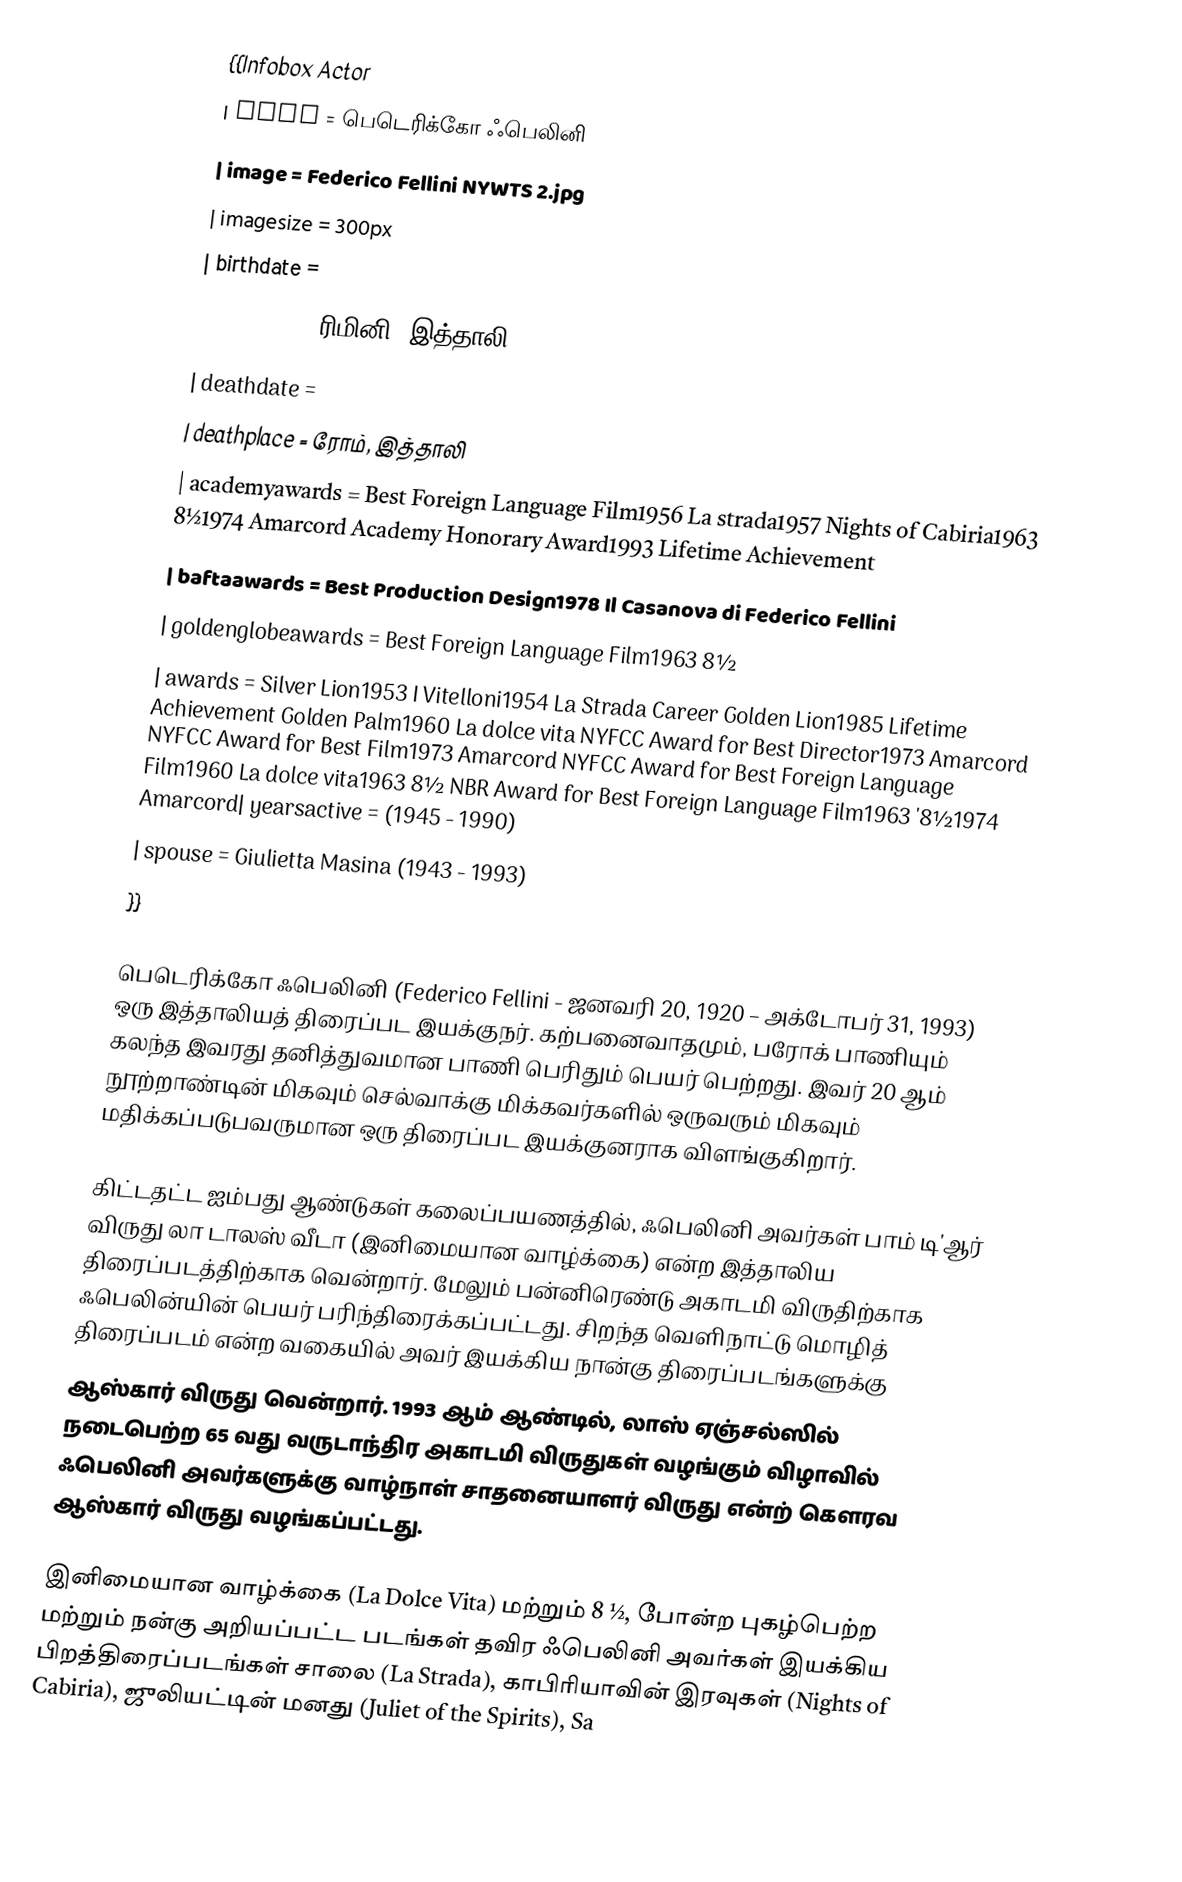
{{Infobox Actor
| name = பெடெரிக்கோ ஃபெலினி
| image = Federico Fellini NYWTS 2.jpg
| imagesize = 300px
| birthdate =
| location =  ரிமினி, இத்தாலி
| deathdate =
| deathplace = ரோம், இத்தாலி
| academyawards = Best Foreign Language Film1956 La strada1957 Nights of Cabiria1963 8½1974 Amarcord  Academy Honorary Award1993 Lifetime Achievement
| baftaawards = Best Production Design1978 Il Casanova di Federico Fellini
| goldenglobeawards = Best Foreign Language Film1963 8½
| awards = Silver Lion1953 I Vitelloni1954 La Strada  Career Golden Lion1985 Lifetime Achievement  Golden Palm1960 La dolce vita  NYFCC Award for Best Director1973 Amarcord  NYFCC Award for Best Film1973 Amarcord  NYFCC Award for Best Foreign Language Film1960 La dolce vita1963 8½  NBR Award for Best Foreign Language Film1963 '8½1974 Amarcord| yearsactive = (1945 - 1990)
| spouse = Giulietta Masina (1943 - 1993)
}}

பெடெரிக்கோ ஃபெலினி (Federico Fellini - ஜனவரி 20, 1920 – அக்டோபர் 31, 1993) ஒரு இத்தாலியத் திரைப்பட இயக்குநர். கற்பனைவாதமும், பரோக் பாணியும் கலந்த இவரது தனித்துவமான பாணி பெரிதும் பெயர் பெற்றது. இவர் 20 ஆம் நூற்றாண்டின் மிகவும் செல்வாக்கு மிக்கவர்களில் ஒருவரும் மிகவும் மதிக்கப்படுபவருமான ஒரு திரைப்பட இயக்குனராக விளங்குகிறார்.

கிட்டதட்ட ஐம்பது ஆண்டுகள் கலைப்பயணத்தில், ஃபெலினி அவர்கள் பாம் டி'ஆர் விருது லா டாலஸ் வீடா (இனிமையான வாழ்க்கை) என்ற இத்தாலிய திரைப்படத்திற்காக வென்றார். மேலும் பன்னிரெண்டு அகாடமி விருதிற்காக ஃபெலின்யின் பெயர் பரிந்திரைக்கப்பட்டது. சிறந்த வெளிநாட்டு மொழித் திரைப்படம் என்ற வகையில் அவர் இயக்கிய நான்கு திரைப்படங்களுக்கு
ஆஸ்கார் விருது வென்றார். 1993 ஆம் ஆண்டில், லாஸ் ஏஞ்சல்ஸில் நடைபெற்ற 65 வது வருடாந்திர அகாடமி விருதுகள் வழங்கும் விழாவில் ஃபெலினி அவர்களுக்கு வாழ்நாள் சாதனையாளர் விருது என்ற் கௌரவ ஆஸ்கார் விருது வழங்கப்பட்டது.

இனிமையான வாழ்க்கை (La Dolce Vita) மற்றும் 8 ½, போன்ற புகழ்பெற்ற மற்றும் நன்கு அறியப்பட்ட படங்கள் தவிர ஃபெலினி அவர்கள் இயக்கிய பிறத்திரைப்படங்கள் சாலை (La Strada), காபிரியாவின் இரவுகள் (Nights of Cabiria), ஜுலியட்டின் மனது (Juliet of the Spirits), Sa